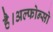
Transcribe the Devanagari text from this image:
है।अल्फोन्सो